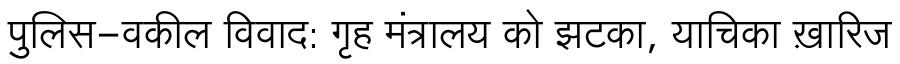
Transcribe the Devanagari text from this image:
पुलिस-वकील विवाद: गृह मंत्रालय को झटका, याचिका ख़ारिज